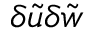
\delta \tilde { { u } } \delta \tilde { { w } }